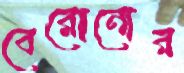
বেরোনোর